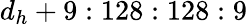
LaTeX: d_{h}+9:128:128:9